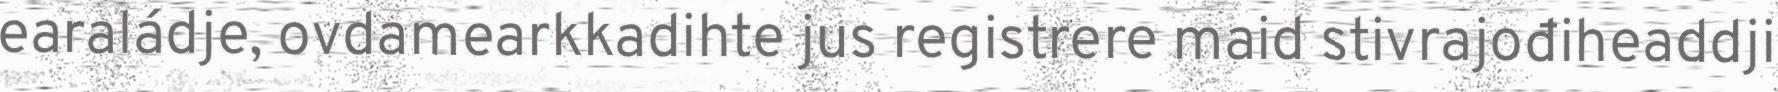
earaládje, ovdamearkkadihte jus registrere maid stivrajođiheaddji